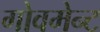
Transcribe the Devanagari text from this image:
गोवमेन्ट